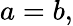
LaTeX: a=b,